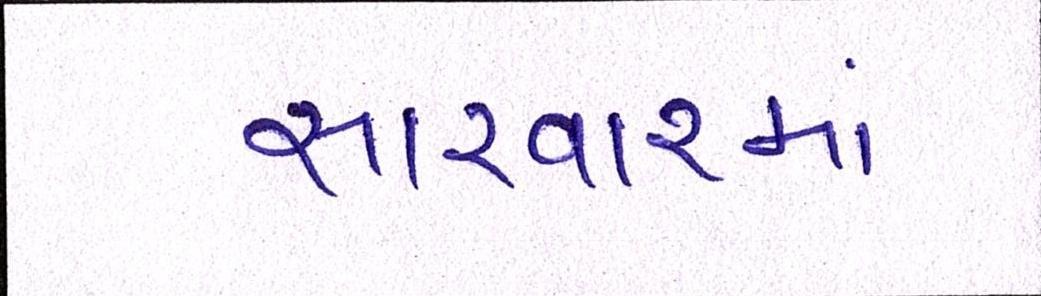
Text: સારવારમાં